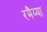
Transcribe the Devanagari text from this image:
रमैय्या